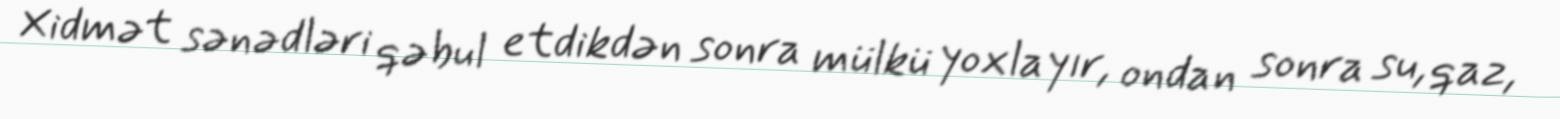
Xidmət sənədləri qəbul etdikdən sonra mülkü yoxlayır, ondan sonra su, qaz,